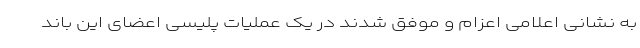
به نشانی اعلامی اعزام و موفق شدند در یک عملیات پلیسی اعضای این باند